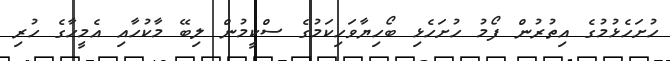
ހުށަހެޅުމުގެ އިތުރުން ފޯމު ހުށަހެޅި ބޯހިޔާވަހިކަމުގެ ސްކީމުން ލިބޭ މާކުހާއި އެމީހާގެ ހުރި